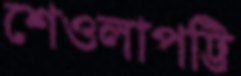
শেওলাপট্টি